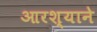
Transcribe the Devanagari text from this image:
आरश्याने